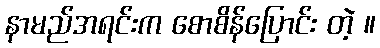
နာမည်အရင်းက စောစိန်ပြောင်း တဲ့ ။